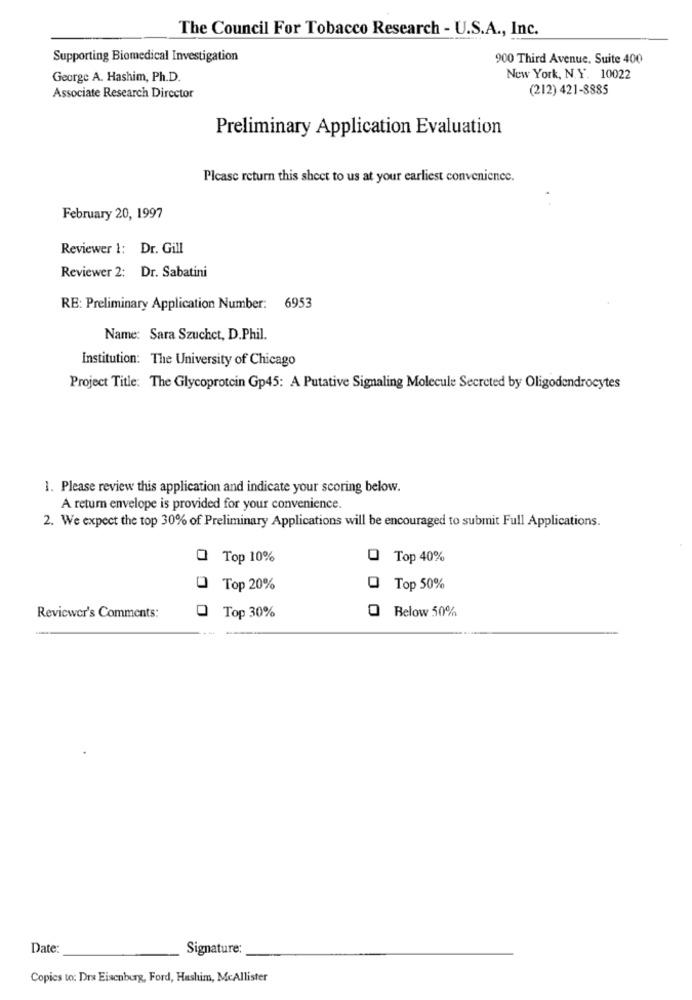
The Council For Tobacco Research - U.S.A ., Inc.
Supporting Biomedical Investigation
900 Third Avenue. Suite 400
George A. Hashim, Ph.D.
New York, N.Y. 10022
(212) 421-8885
Associate Research Director
Preliminary Application Evaluation
Please return this sheet to us at your earliest convenience.
February 20, 1997
Reviewer 1: Dr. Gill
Reviewer 2: Dr. Sabatini
RE: Preliminary Application Number: 6953
Name: Sara Szuchet, D.Phil.
Institution: The University of Chicago
Project Title: The Glycoprotein Gp45: A Putative Signaling Molecule Secreted by Oligodendrocytes
1. Please review this application and indicate your scoring below.
A return envelope is provided for your convenience.
2. We expect the top 30% of Preliminary Applications will be encouraged to submit Full Applications.
Top 10%
0
Top 40%
Top 20%
Top 50%
0
Below 50%
Reviewer's Comments:
Top 30%
Date:
Signature:
Copics to: Drs Eisenberg, Ford, Hashim, McAllister